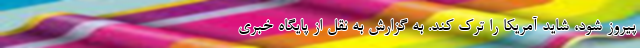
پیروز شود، شاید آمریکا را ترک کند. به گزارش به نقل از پایگاه خبری